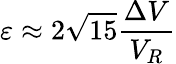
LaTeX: \varepsilon\approx 2\sqrt{15}\frac{\Delta V}{V_{R}}